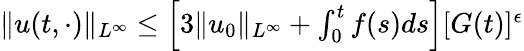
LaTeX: \begin{array}{r}{\| u(t,\cdot)\| _{L^{\infty}}\leq\left[3\| u_{0}\| _{L^{\infty}}+\int_{0}^{t}f(s)ds\right][G(t)]^{\epsilon}}\end{array}